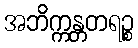
အဘိက္ကန္တတရဉ္စ